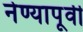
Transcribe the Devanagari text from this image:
नेण्यापूर्वी